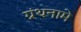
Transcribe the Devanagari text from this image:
ग्रंथनामे